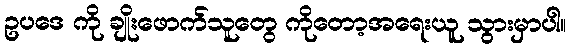
ဥပဒေ ကို ချိုးဖောက်သူတွေ ကိုတော့အရေးယူ သွားမှာပါ။